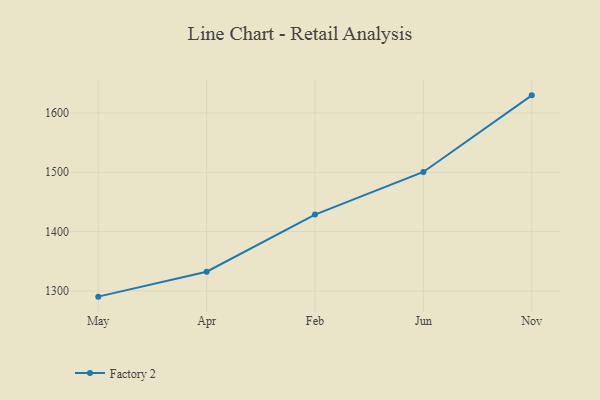
{"axis": {"x": "Month", "y": "Churn Rate (%)"}, "legend": ["Factory 2"], "data": [{"x": "May", "y": 1290.4, "type": "Factory 2"}, {"x": "Apr", "y": 1332.4, "type": "Factory 2"}, {"x": "Feb", "y": 1428.7, "type": "Factory 2"}, {"x": "Jun", "y": 1500.5, "type": "Factory 2"}, {"x": "Nov", "y": 1629.6, "type": "Factory 2"}]}